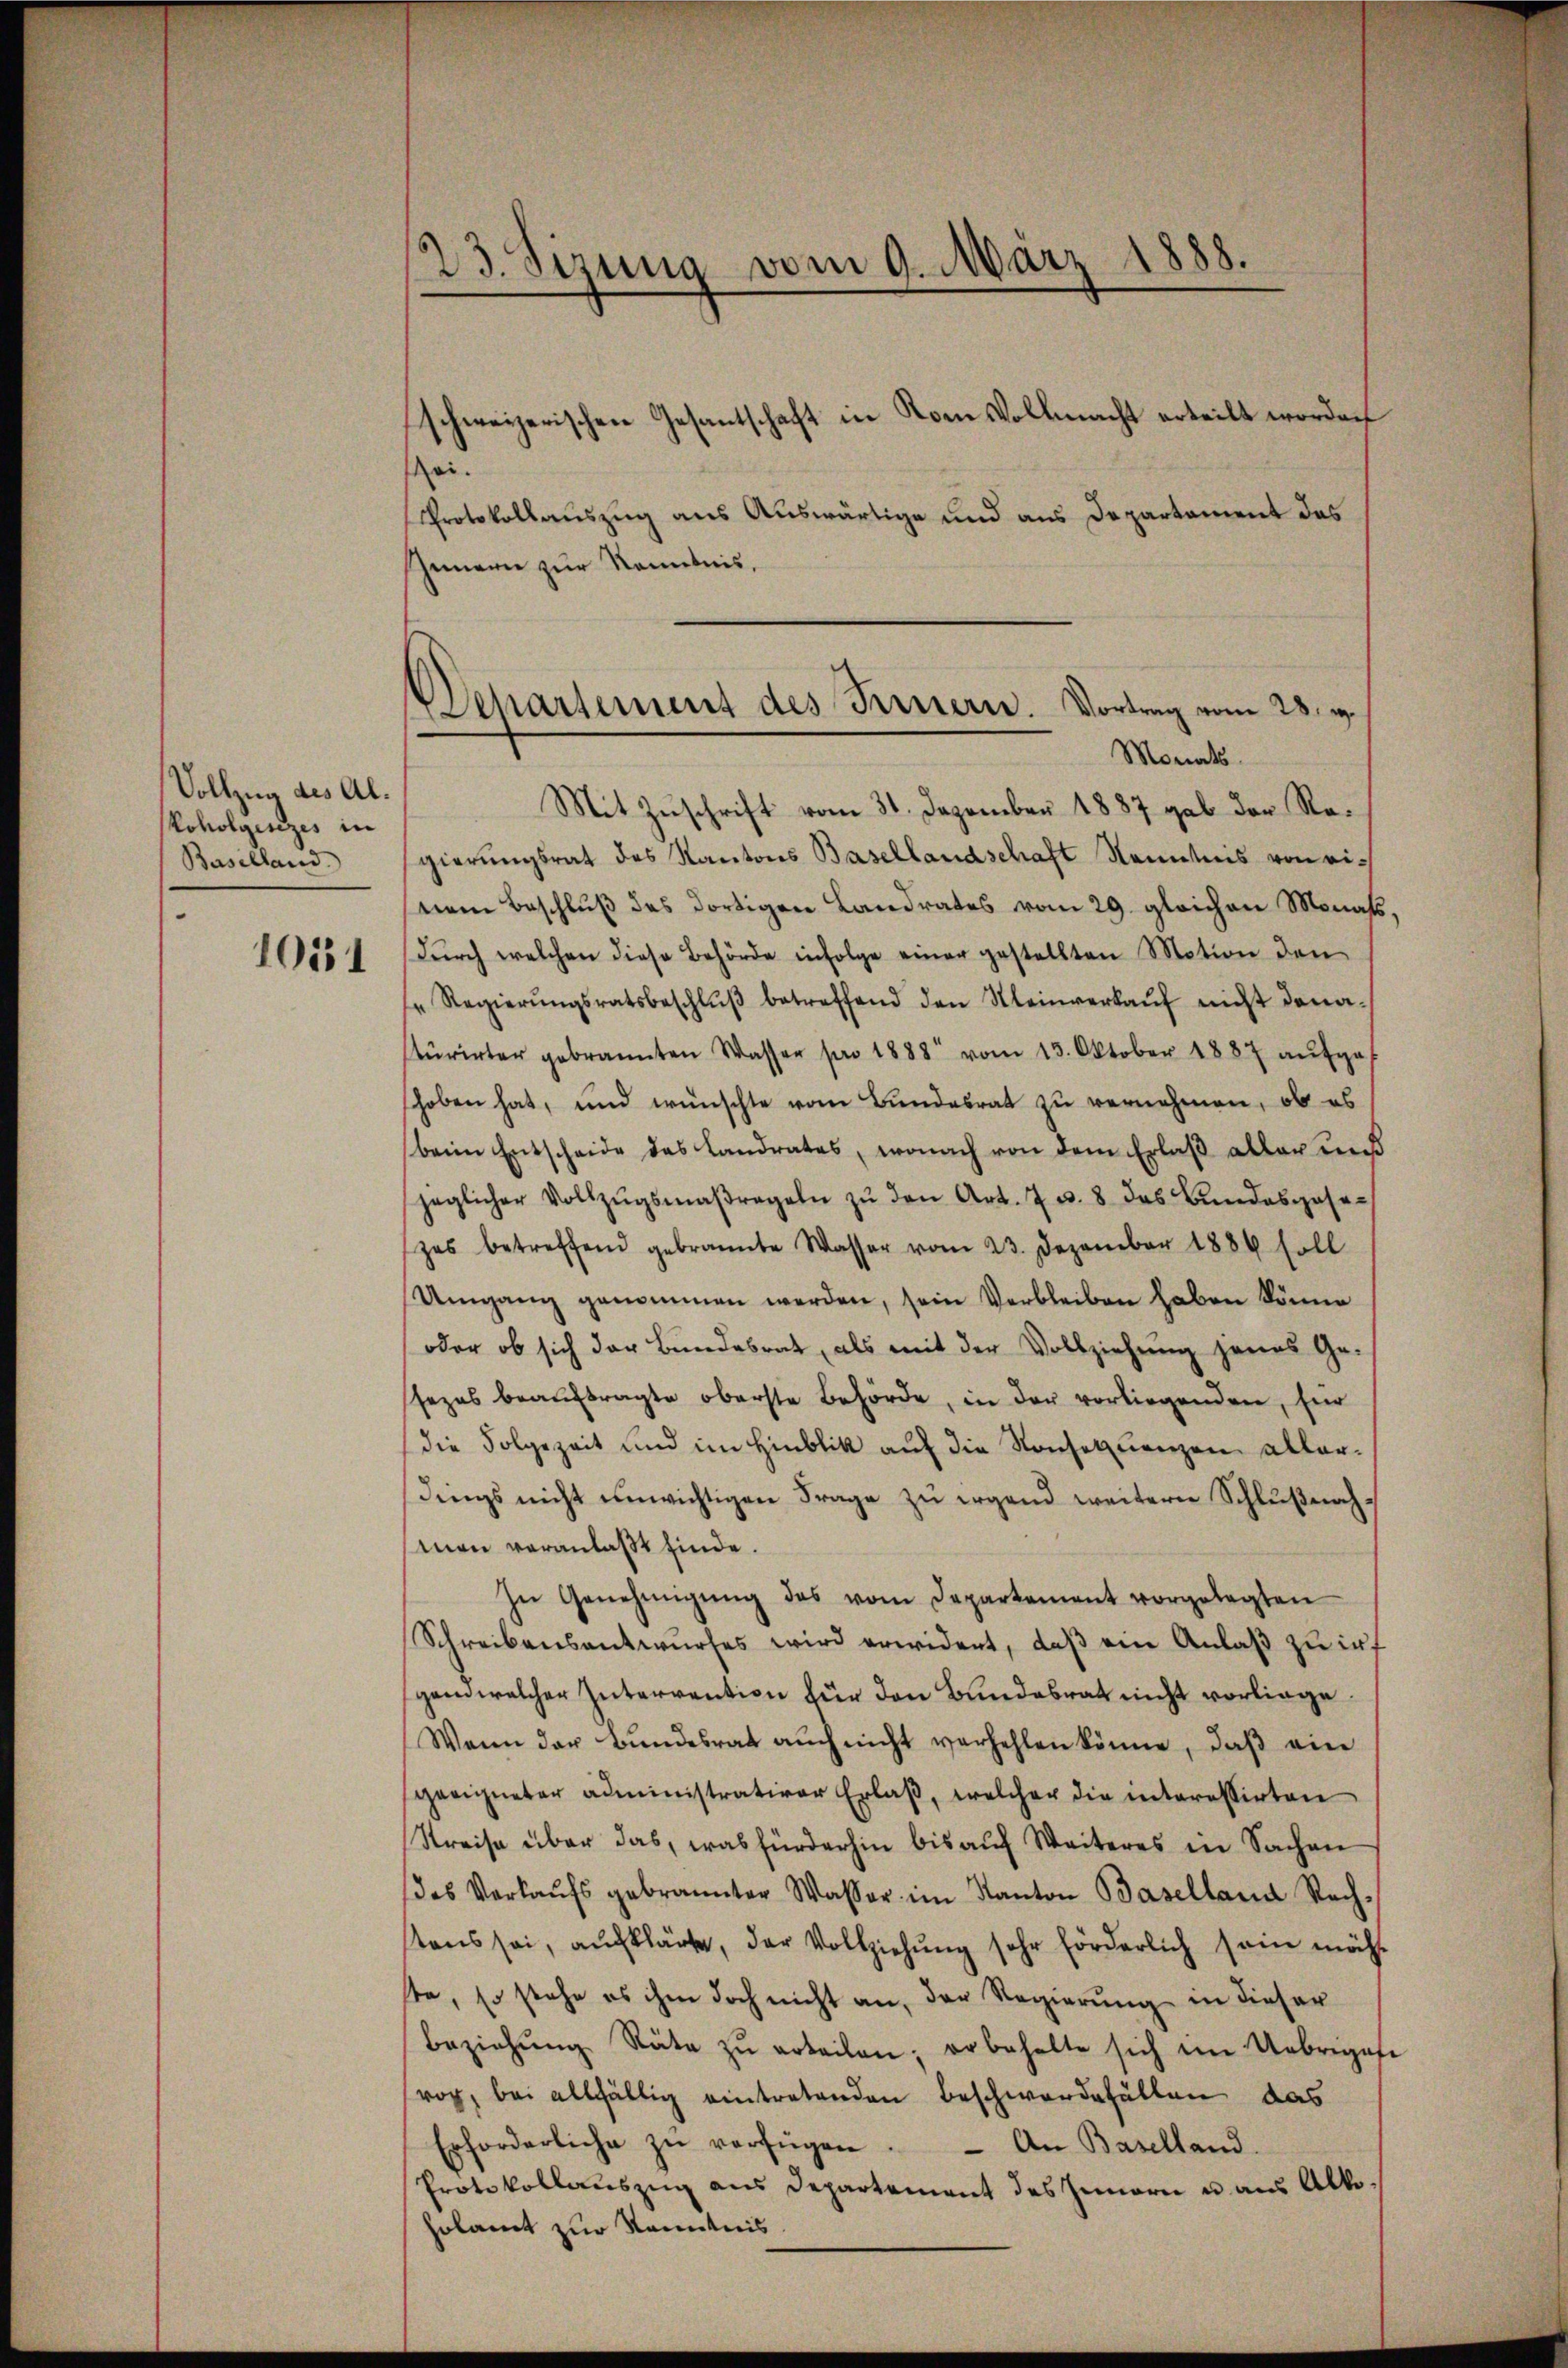
Vollzug des Al.
koholgesezes in
Baselland.
1051

123. Sizung vom 9. März 1888.
schweizerischen Gesantschaft in Kom Vollmacht erteilt worden
zu.
Protokollauszug aus Auswärtige und aus Departement des

Departement des Fernern. Vortrag vom 28. v.
Monats

Innern zur Kenntnis,

Mit Zuschrift vom 31. Dezember 1887 gab der Regierungsrat des Kantons Basellandschaft Kenntnis von einem Beschluß des dortigen Landrates vom 29. gleichen Monats,
Dŭrch welchen diese Behörde infolge einer gestellten Motion den
Regierŭngsratsbeschlŭβ betreffend den Meinverkaŭf nicht dana-
stŭrirter gebrannten Wasser pro 1888 vom 13. Oktober 1887 aufge-
hoben hat, und wünschte vom Bundesrat zu vernehmen, ob es
beim Entscheide des Landrates, wonach von dem Erlaß aller uns
jeglicher Vollzŭgsmaßregeln zŭ den Art. 7 u. 8 das Bundesgese-
zes betreffend gebrannte Wasser vom 23. Dezember 1884 soll
Umgang genommen werden, sein Verbleiben haben könne
oder ob sich der Bundesrat, als mit der Vollziehung jenes Ge-
sezes beaŭftragte oberste Behörde, in der vorliegenden, für
(die Folgezeit und im Hinblik auf die Konsequenzen allerdings nicht unwichtigen Frage zu irgend weitern Schlußnachman veranlaßt finde.
In Genehmigŭng des vom Departement vorgelegten
Schreibensantwurfes wird erwidert, daß ein Anlaß zu inf
gand welcher Interrention für den Bundesrat nicht vorliege
Wenn der Bŭndesrat aŭch nicht verhehlen könne, daβ ein
geeigneter administrativer Erlaß, welcher die interessirten
Streise über das, was fürderhin bis aŭf Weiteres in Sachen
des Verkaŭfs gebrannter Wasser im Kanton Baselland Rech-
tens sei, aufklärte, der Vollziehŭng sehr förderlich sein möcht
ste, so stehe es ihm doch nicht an, der Regierung in dieser
beziehŭng Räte zŭ erteilen; erbehalte sich im Uebrigese
vor, bei allfällig eintretenden Beschwerdefällen das
Erforderliche zŭ verfügen. An Baselland
Protokollauszug aus Departement des Innern u. aus Alte.
Holamt zur Kenntnis